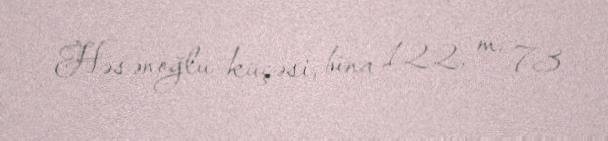
Həsənoğlu küçəsi, bina 122, m. 73